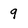
Character: 9